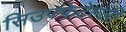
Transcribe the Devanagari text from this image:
सिउफ्फेटेल्ली